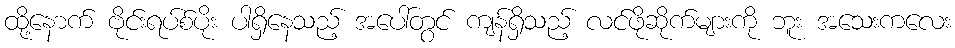
ထို့နောက် ဗိုင်းရပ်စ်ပိုး ပါရှိနေသည့် အပေါ်တွင် ကျန်ရှိသည့် လင်ဖိုဆိုက်များကို ဘူး အသေးကလေး